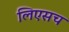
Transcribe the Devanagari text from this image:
लिएसच